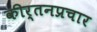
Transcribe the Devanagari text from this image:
कीर्तनप्रचार